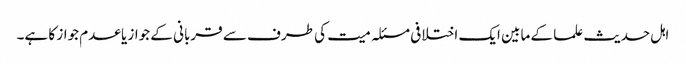
اہل حدیث علما کے مابین ایک اختلافی مسئلہ میت کی طرف سے قربانی کے جواز یا عدم جواز کا ہے۔